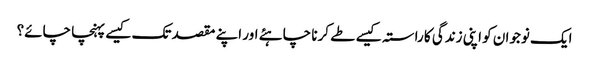
ایک نوجوان کو اپنی زندگی کا راستہ کیسے طے کرنا چاہئے اور اپنے مقصد تک کیسے پہنچا چائے؟